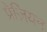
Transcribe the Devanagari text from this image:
प्रेज़ियन